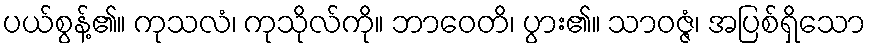
ပယ်စွန့်၏။ ကုသလံ၊ ကုသိုလ်ကို။ ဘာဝေတိ၊ ပွား၏။ သာဝဇ္ဇံ၊ အပြစ်ရှိသော